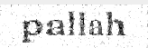
pallah